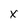
Character: X